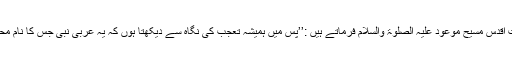
حضرت اقدس مسیح موعود علیہ الصلوٰۃ والسلام فرماتے ہیں :’’پس میں ہمیشہ تعجب کی نگاہ سے دیکھتا ہوں کہ یہ عربی نبی جس کا نام محمدؐ ہے۔